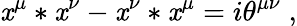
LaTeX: \mathit{x}^{\mu}*\mathit{x}^{\nu}-\mathit{x}^{\nu}*\mathit{x}^{\mu}=i\theta^{\mu\nu}\; ,